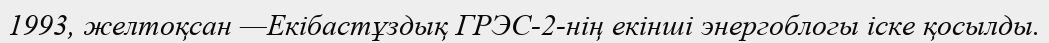
1993, желтоқсан —Екібастұздық ГРЭС-2-нің екінші энергоблогы іске қосылды.